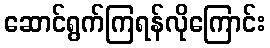
ဆောင်ရွက်ကြရန်လိုကြောင်း